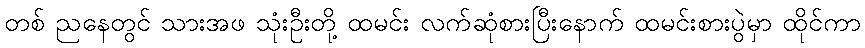
တစ် ညနေတွင် သားအဖ သုံးဦးတို့ ထမင်း လက်ဆုံစားပြီးနောက် ထမင်းစားပွဲမှာ ထိုင်ကာ